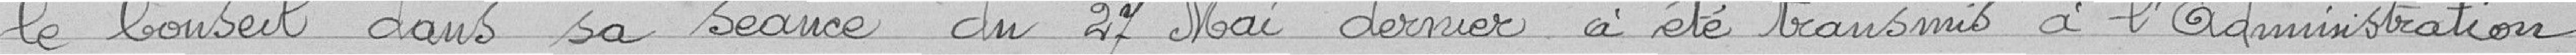
le conseil dans sa séance du 27 mai dernier a été transmis à l'administration